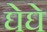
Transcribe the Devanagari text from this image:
घेघे